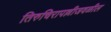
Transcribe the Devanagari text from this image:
तिरुचिरापल्लीजवळील